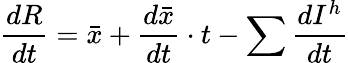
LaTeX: {\frac{dR}{dt}}={\bar{x}}+{\frac{d{\bar{x}}}{dt}}\cdot t-\sum{\frac{dI^{h}}{dt}}